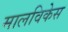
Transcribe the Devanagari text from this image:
मालविकेस